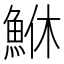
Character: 鮴